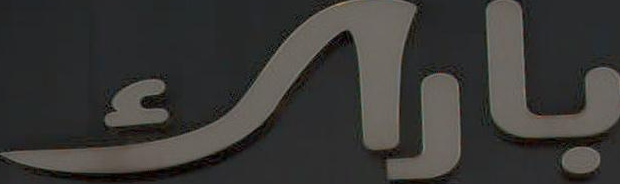
باراك